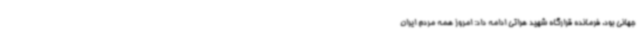
جهانی بود. فرمانده قرارگاه شهید هراتی ادامه داد: امروز همه مردم ایران